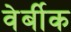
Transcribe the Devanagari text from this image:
वेर्बीक